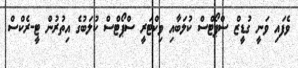
ވެފައި ވަނީ ގުޑީޒް ސްޕޯޓްސް ކުލަބާއި ވިކްޓަރީ ސްޕޯޓްސް ކުލަބުގެ އިތުރުން ޓީ-ރެކްސް